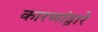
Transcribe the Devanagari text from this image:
कारणांद्वारे